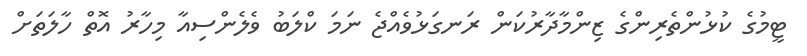
ޓީމުގެ ކުޅުންތެރިންގެ ޒިންމާދާރުކަން ރަނގަޅުވެއްޖެ ނަމަ ކްލަބު ވެލެންސިއާ މިހާރު އޮތް ހާލަތަށް